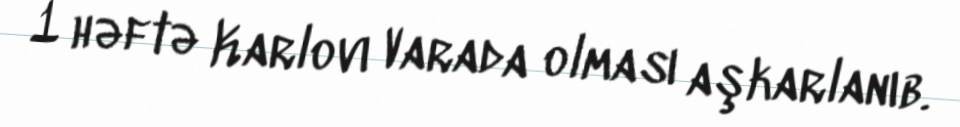
1 həftə Karlovı Varada olması aşkarlanıb.